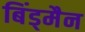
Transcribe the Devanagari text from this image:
बिंड्मैन